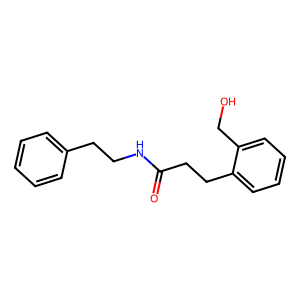
SMILES: O=C(CCc1ccccc1CO)NCCc1ccccc1
Inhibits HIV replication: No